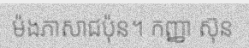
ម៉ងភាសាជប៉ុន។ កញ្ញា ស៊ុន